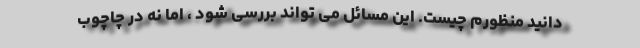
دانید منظورم چیست. این مسائل می تواند بررسی شود ، اما نه در چاچوب